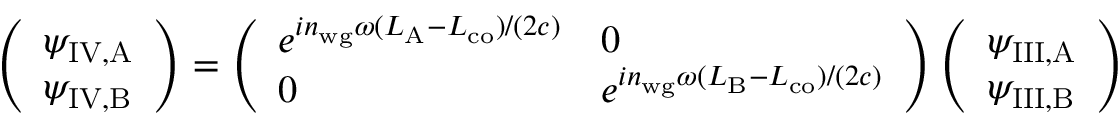
\left( \begin{array} { l } { \psi _ { \mathrm { I V , A } } } \\ { \psi _ { \mathrm { I V , B } } } \end{array} \right) = \left( \begin{array} { l l } { e ^ { i n _ { \mathrm { w g } } \omega ( L _ { \mathrm { A } } - L _ { \mathrm { c o } } ) / ( 2 c ) } } & { 0 } \\ { 0 } & { e ^ { i n _ { \mathrm { w g } } \omega ( L _ { \mathrm { B } } - L _ { \mathrm { c o } } ) / ( 2 c ) } } \end{array} \right) \left( \begin{array} { l } { \psi _ { \mathrm { I I I , A } } } \\ { \psi _ { \mathrm { I I I , B } } } \end{array} \right)